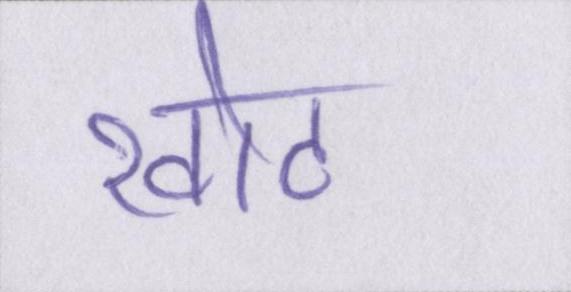
खोट